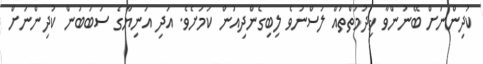
ކުދިންނަށް ބޭނުންވާ ޚިދުމަތްތައް ލަސްނުވެ ލިބިގެންދިއުން ކަމަށެވެ. އަދި އަނިޔާގެ ސަބަބުން ކުދިންނަށް